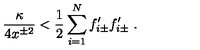
{ \frac { \kappa } { 4 x ^ { \pm 2 } } } < { \frac { 1 } { 2 } } \sum _ { i = 1 } ^ { N } f _ { i \pm } ^ { \prime } f _ { i \pm } ^ { \prime } \ .